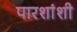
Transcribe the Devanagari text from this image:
पारशांशी